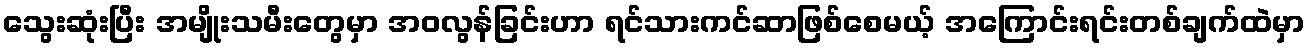
သွေးဆုံးပြီး အမျိုးသမီးတွေမှာ အဝလွန်ခြင်းဟာ ရင်သားကင်ဆာဖြစ်စေမယ့် အကြောင်းရင်းတစ်ချက်ထဲမှာ